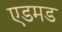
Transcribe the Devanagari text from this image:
एडमड